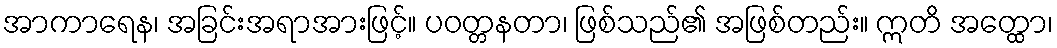
အာကာရေန၊ အခြင်းအရာအားဖြင့်။ ပဝတ္တနတာ၊ ဖြစ်သည်၏ အဖြစ်တည်း။ ဣတိ အတ္ထော၊